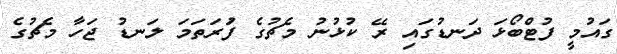
ގައުމީ ފުޓްބޯޅަ ދަނޑުގައި ރޭ ކުޅުނު މެޗުގެ ފުަރަތަމަ ލަނޑު ޖަހާ މެޗުގެ